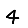
Digit: 4